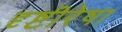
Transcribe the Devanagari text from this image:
दृष्टीरेषा